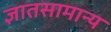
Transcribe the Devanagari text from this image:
ज्ञातसामान्य